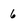
Character: 6